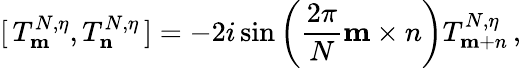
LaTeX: [\, T_{\mathbf m}^{N,\eta},T_{\mathbf n}^{N,\eta}\, ]=-2i\sin\left(\frac{2\pi}{N}{\mathbf m\times n}\right)T_{\mathbf m+n}^{N,\eta}\, ,